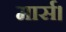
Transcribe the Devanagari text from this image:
मार्स।